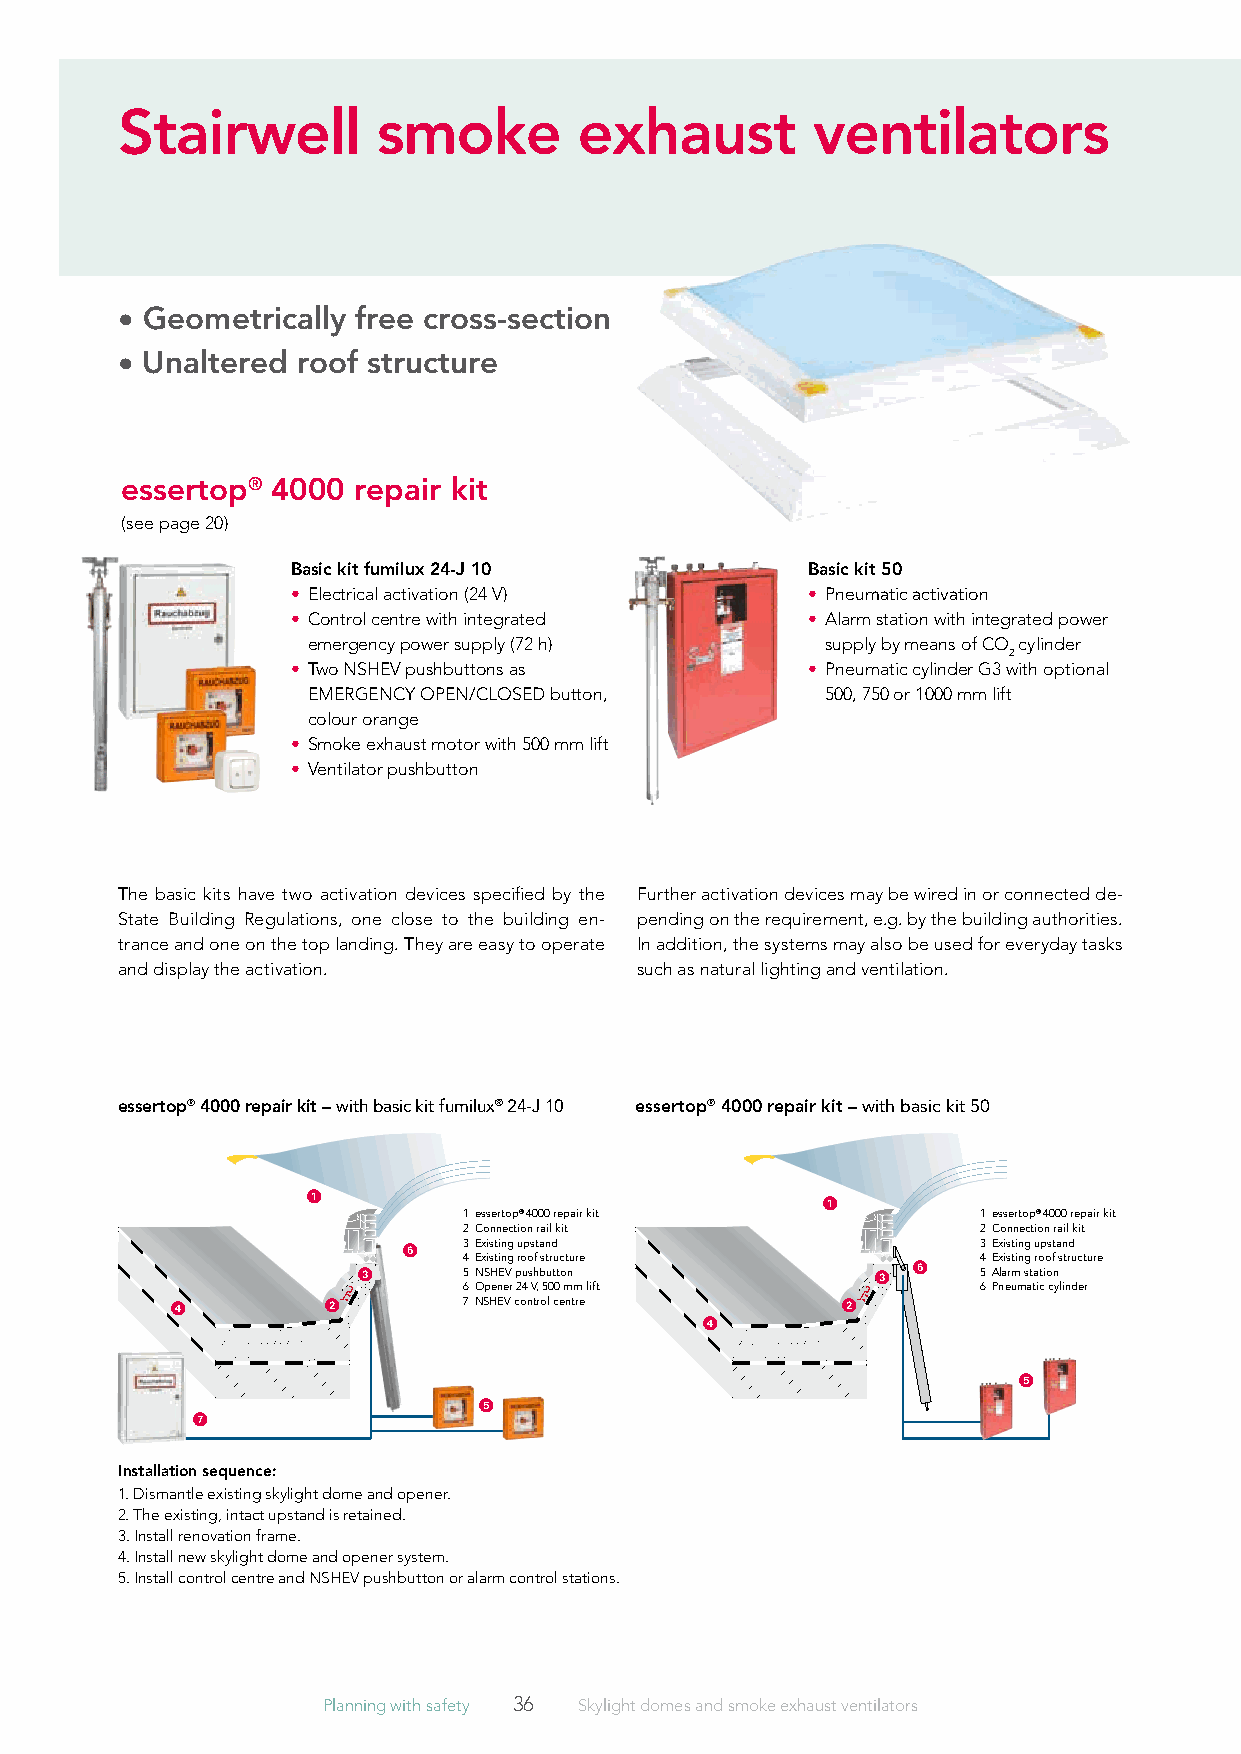
Stairwell        smoke        exhaust         ventilators
 • Geometrically free cross-section
 • Unaltered roof structure
 essertop® 4000 repair kit
 (see page 20)
 basic kit fumilux 24-J 10         basic kit 50
 • Electrical activation (24 V)    • Pneumatic activation
 • C ontrol centre with integrated • A larm station with integrated power
 emergency power supply (72 h)      supply by means of CO cylinder
 2
 • T wo NSHEV pushbuttons as       • P neumatic cylinder G3 with optional
 EMERGENCY OPEN/CLOSED button,      500, 750 or 1000 mm lift
 colour orange
 • Smoke exhaust motor with 500 mm lift
 • Ventilator pushbutton
 The basic kits have two activation devices specified by the Further activation devices may be wired in or connected de-
 State Building Regulations, one close to the building en- pending on the requirement, e.g. by the building authorities.
 trance and one on the top landing. They are easy to operate In addition, the systems may also be used for everyday tasks
 and display the activation.       such as natural lighting and ventilation.
 essertop® 4000 repair kit – with basic kit fumilux® 24-J 10 essertop® 4000 repair kit – with basic kit 50
 1
 1
 1 essertop® 4000 repair kit       1 essertop® 4000 repair kit
 2 Connection rail kit             2 Connection rail kit
 6   3 Existing upstand                3 Existing upstand
 4 Existing roof structure         4 Existing roof structure
 6
 3      5 NSHEV pushbutton         3      5 Alarm station
 6 Opener 24 V, 500 mm lift        6 Pneumatic cylinder
 4         2         7 NSHEV control centre   2
 4
 5
 5
 7
 installation sequence:
 1. Dismantle existing skylight dome and opener.
 2. The existing, intact upstand is retained.
 3. Install renovation frame.
 4. Install new skylight dome and opener system.
 5. Install control centre and NSHEV pushbutton or alarm control stations.
 Planning with safety 36 Skylight domes and smoke exhaust ventilators